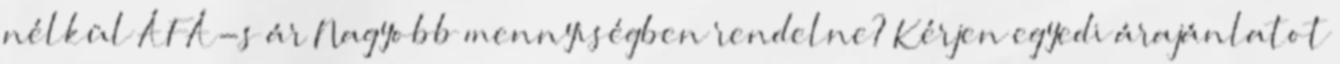
nélkül ÁFÁ-s ár Nagyobb mennyiségben rendelne? Kérjen egyedi árajánlatot